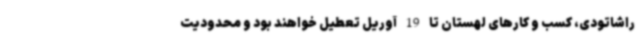
راشاتودی، کسب و کارهای لهستان تا 19 آوریل تعطیل خواهند بود و محدودیت